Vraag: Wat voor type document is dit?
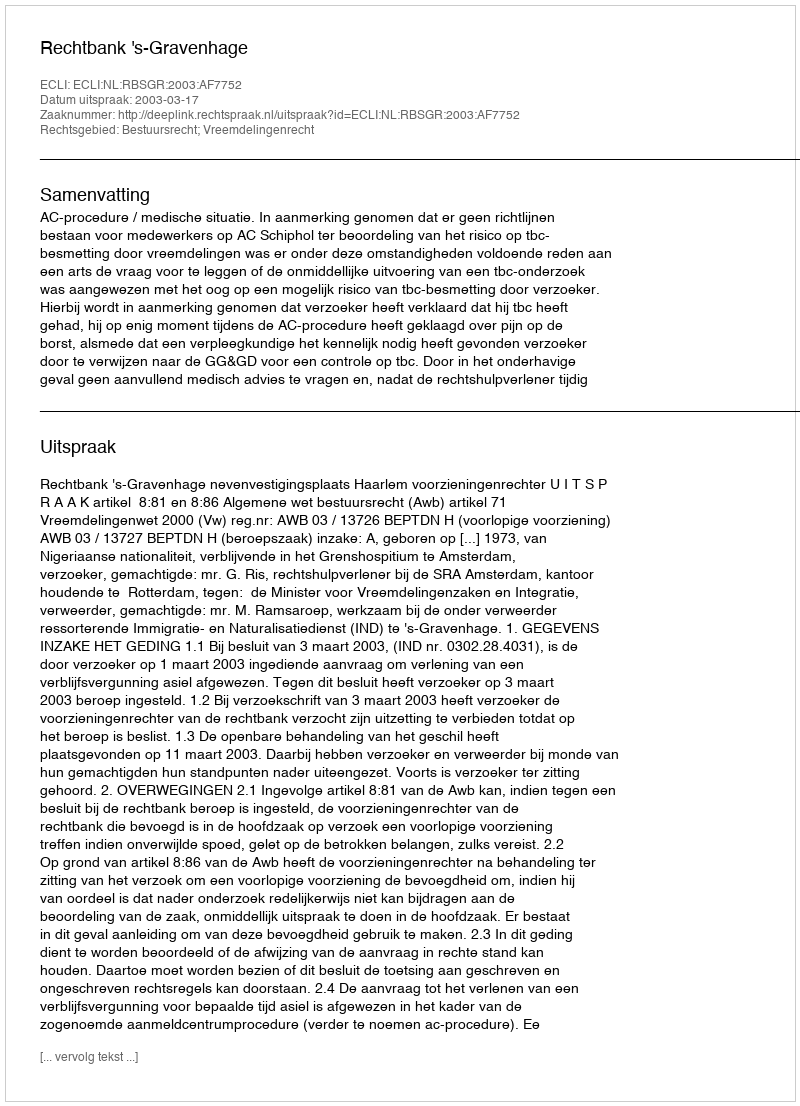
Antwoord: Uitspraak